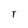
Character: T